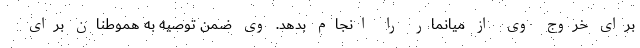
برای خروج وی از میانمار را انجام بدهد. وی ضمن توصیه به هموطنان برای